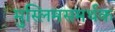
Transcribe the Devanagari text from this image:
मुस्लिमसमर्थक